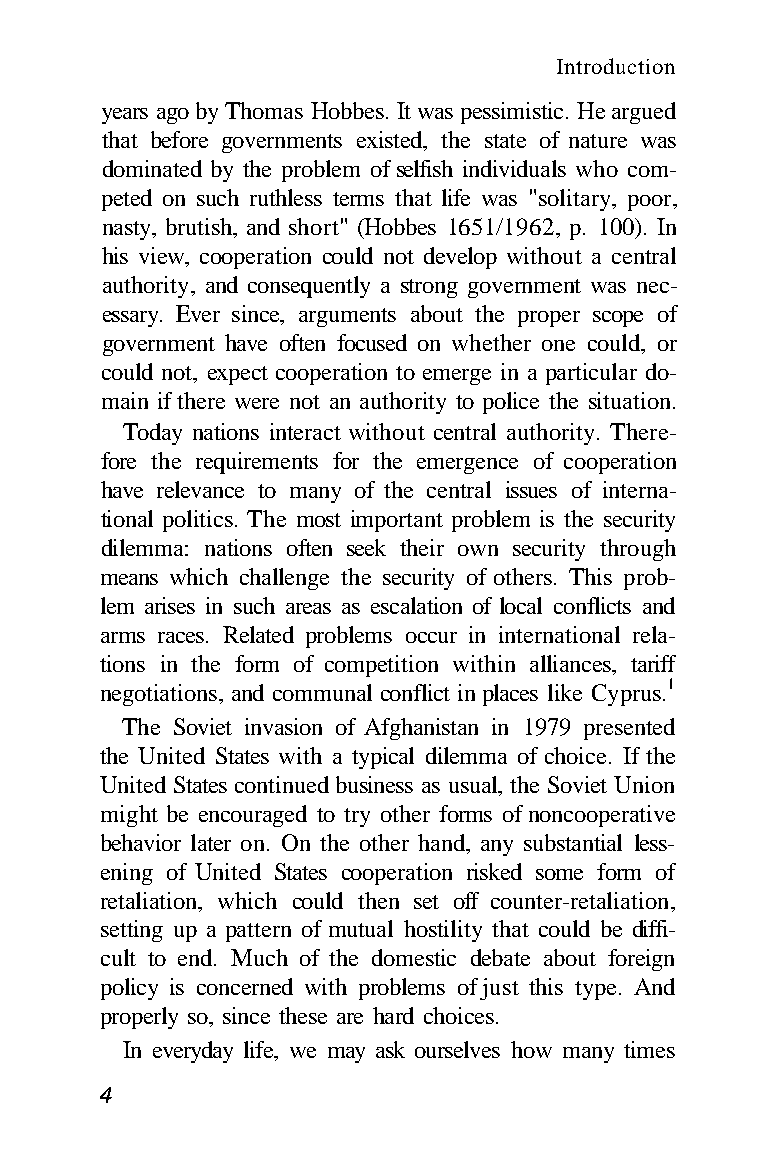
Introduction
 years ago by Thomas Hobbes. It was pessimistic. He argued
 that before governments existed, the state of nature was
 dominated by the problem of selfish individuals who com-
 peted on such ruthless terms that life was "solitary, poor,
 nasty, brutish, and short" (Hobbes 1651/1962, p. 100). In
 his view, cooperation could not develop without a central
 authority, and consequently a strong government was nec-
 essary. Ever since, arguments about the proper scope of
 government have often focused on whether one could, or
 could not, expect cooperation to emerge in a particular do-
 main if there were not an authority to police the situation.
 Today nations interact without central authority. There-
 fore the requirements for the emergence of cooperation
 have relevance to many of the central issues of interna-
 tional politics. The most important problem is the security
 dilemma: nations often seek their own security through
 means which challenge the security of others. This prob-
 lem arises in such areas as escalation of local conflicts and
 arms races. Related problems occur in international rela-
 tions in the form of competition within alliances, tariff
 negotiations, and communal conflict in places like Cyprus.1
 The Soviet invasion of Afghanistan in 1979 presented
 the United States with a typical dilemma of choice. If the
 United States continued business as usual, the Soviet Union
 might be encouraged to try other forms of noncooperative
 behavior later on. On the other hand, any substantial less-
 ening of United States cooperation risked some form of
 retaliation, which could then set off counter-retaliation,
 setting up a pattern of mutual hostility that could be diffi-
 cult to end. Much of the domestic debate about foreign
 policy is concerned with problems of just this type. And
 properly so, since these are hard choices.
 In everyday life, we may ask ourselves how many times
 4